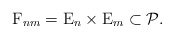
\begin{align*}{\rm F}_{nm}={\rm E}_{n}\times {\rm E}_{m}\subset\mathcal P.\end{align*}